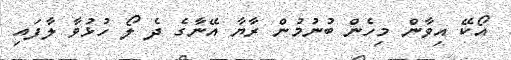
އޯކޭ އިވާން މިހެން ބުނުމުން ރާޔާ އޭނާގެ ދެ ލޯ ހުޅުވާ ލާފައި